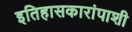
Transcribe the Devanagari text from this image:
इतिहासकारांपाशी